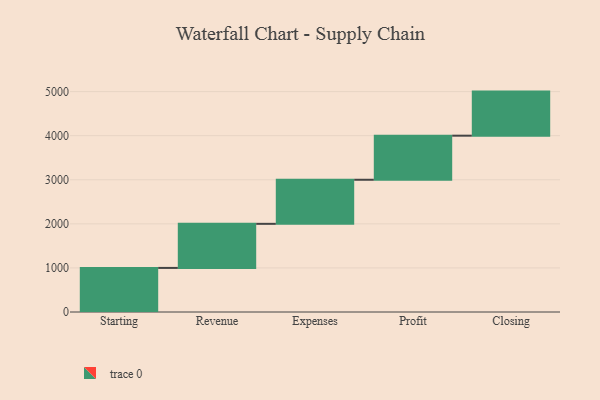
{"axis": {"x": "Step", "y": "Value"}, "legend": [""], "data": [{"x": "Starting", "y": 1000, "type": ""}, {"x": "Revenue", "y": 1000, "type": ""}, {"x": "Expenses", "y": 1000, "type": ""}, {"x": "Profit", "y": 1000, "type": ""}, {"x": "Closing", "y": 1000, "type": ""}]}